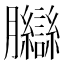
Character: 𦣋